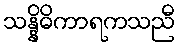
သန္နိဓိကာရကသညီ